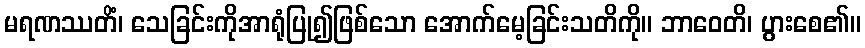
မရဏဿတိံ၊ သေခြင်းကိုအာရုံပြု၍ဖြစ်သော အောက်မေ့ခြင်းသတိကို။ ဘာဝေတိ၊ ပွားစေ၏။